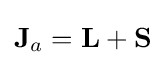
\mathbf {J} _{a}=\mathbf {L} +\mathbf {S}